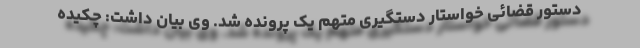
دستور قضائی خواستار دستگیری متهم یک پرونده شد. وی بیان داشت: چکیده